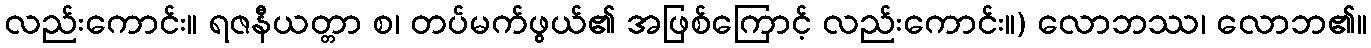
လည်းကောင်း။ ရဇနီယတ္တာ စ၊ တပ်မက်ဖွယ်၏ အဖြစ်ကြောင့် လည်းကောင်း။) လောဘဿ၊ လောဘ၏။